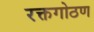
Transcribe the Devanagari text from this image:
रक्तगोठण